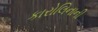
કારોલિનાની